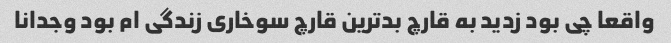
واقعا چی بود زدید به قارچ بدترین قارچ سوخاری زندگی ام بود وجدانا